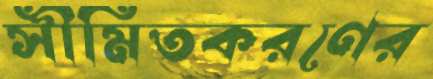
সীমিতকরণের